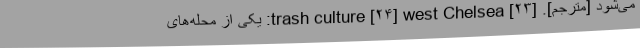
می‌شود [مترجم]. [۲۳] trash culture [۲۴] west Chelsea: یکی از محله‌های